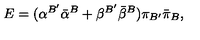
E = ( { \alpha } ^ { B ^ { \prime } } { \bar { \alpha } } ^ { B } + { \beta } ^ { B ^ { \prime } } { \bar { \beta } } ^ { B } ) { \pi } _ { B ^ { \prime } } { \bar { \pi } } _ { B } ,